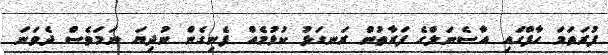
ފުރަތަމަ ހާފްގައި އާސެނަލްގެ ފަރާތުން ރަނގަޅު ކުޅުމެއް ފެނިގެން ނުދިޔަ ނަމަވެސް ދެވަނަ